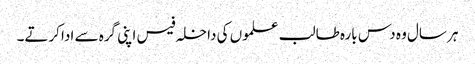
ہر سال وہ دس بارہ طالب علموں کی داخلہ فیس اپنی گرہ سے ادا کرتے۔